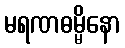
မရဏဓမ္မိနော